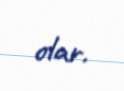
olar.